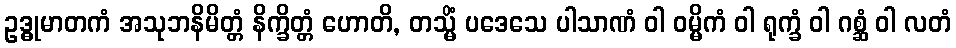
ဥဒ္ဓုမာတကံ အသုဘနိမိတ္တံ နိက္ခိတ္တံ ဟောတိ, တသ္မိံ ပဒေသေ ပါသာဏံ ဝါ ဝမ္မိကံ ဝါ ရုက္ခံ ဝါ ဂစ္ဆံ ဝါ လတံ